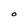
Character: O